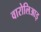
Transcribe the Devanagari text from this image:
वारोलिआइ